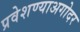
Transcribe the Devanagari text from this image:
प्रवेशण्याअगोदर